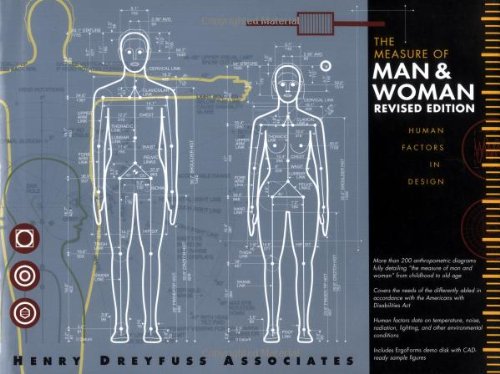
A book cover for The Measure of Man and Woman: Human Factors in Design; Alvin R. Tilley; Arts & Photography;